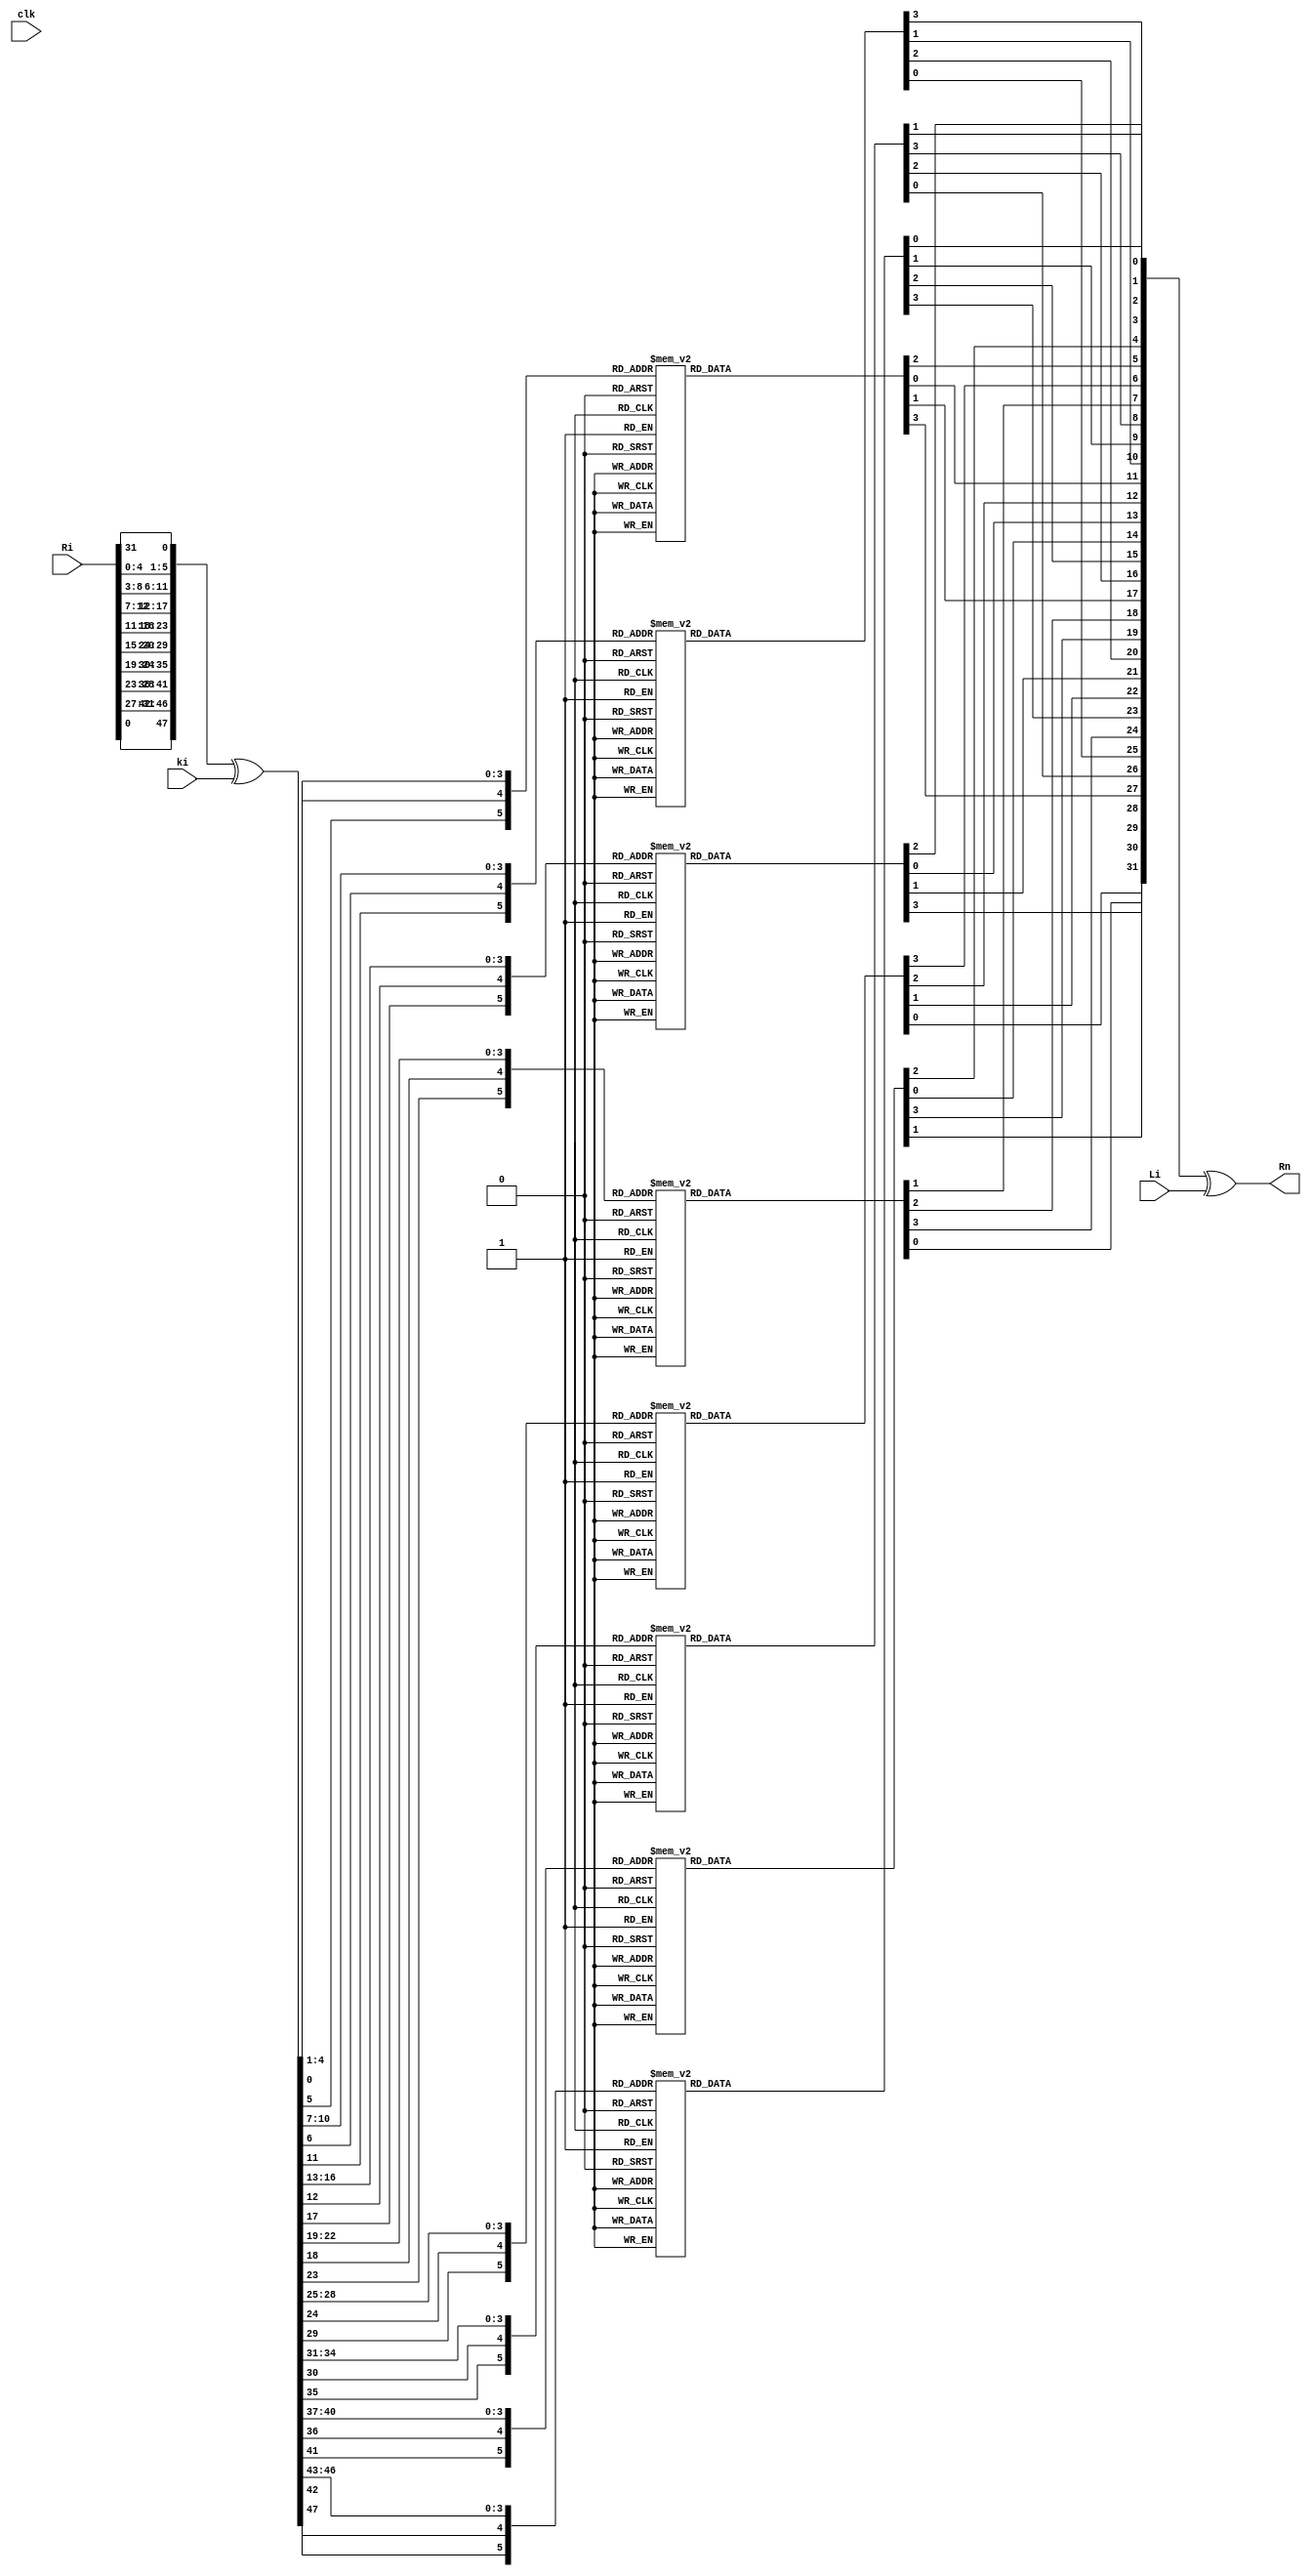

module NextRi(clk, ki, Ri, Li, Rn);

	  input clk;
	  input [32:1] Ri, Li;
     input [48:1] ki;
    output [32:1] Rn;
	 
	   wire [6:1] B1, B2, B3, B4, B5, B6, B7, B8;
		wire [32:1] tmp1, tmp2, Rn;
      wire [48:1] Ei; 
		
       reg [2:1] m1, m2, m3, m4, m5, m6, m7, m8;
       reg [4:1] n1, n2, n3, n4, n5, n6, n7, n8, bs1, bs2, bs3, bs4, bs5, bs6, bs7, bs8;
		 reg [4:1] S1_OUTPUT,S2_OUTPUT,S3_OUTPUT,S4_OUTPUT,S5_OUTPUT,S6_OUTPUT,S7_OUTPUT,S8_OUTPUT;

    assign Ei[48:1] = {
            Ri[33 - 32], Ri[33 -  1], Ri[33 -  2], Ri[33 -  3], Ri[33 -  4], Ri[33 -  5], 
				Ri[33 -  4], Ri[33 -  5], Ri[33 -  6], Ri[33 -  7], Ri[33 -  8], Ri[33 -  9], 
				Ri[33 -  8], Ri[33 -  9], Ri[33 - 10], Ri[33 - 11], Ri[33 - 12], Ri[33 - 13], 
				Ri[33 - 12], Ri[33 - 13], Ri[33 - 14], Ri[33 - 15], Ri[33 - 16], Ri[33 - 17],
            Ri[33 - 16], Ri[33 - 17], Ri[33 - 18], Ri[33 - 19], Ri[33 - 20], Ri[33 - 21], 
				Ri[33 - 20], Ri[33 - 21], Ri[33 - 22], Ri[33 - 23], Ri[33 - 24], Ri[33 - 25], 
				Ri[33 - 24], Ri[33 - 25], Ri[33 - 26], Ri[33 - 27], Ri[33 - 28], Ri[33 - 29], 
				Ri[33 - 28], Ri[33 - 29], Ri[33 - 30], Ri[33 - 31], Ri[33 - 32], Ri[33 -  1]};

    assign {B1, B2, B3, B4, B5, B6, B7, B8} = Ei ^ ki;

always @(*) begin
            m1[2:1] = {B1[6], B1[1]};
            n1[4:1] = B1[5:2];
            bs1[4:1] = S1_OUTPUT;
				case ({m1,n1})
            6'd0: S1_OUTPUT <= 4'hE;6'd1: S1_OUTPUT <= 4'h4;
            6'd2: S1_OUTPUT <= 4'hD;6'd3: S1_OUTPUT <= 4'h1;
            6'd4: S1_OUTPUT <= 4'h2;6'd5: S1_OUTPUT <= 4'hF;
            6'd6: S1_OUTPUT <= 4'hB;6'd7: S1_OUTPUT <= 4'h8;
            6'd8: S1_OUTPUT <= 4'h3;6'd9: S1_OUTPUT <= 4'hA;
            6'd10: S1_OUTPUT <= 4'h6;6'd11: S1_OUTPUT <= 4'hC;
            6'd12: S1_OUTPUT <= 4'h5;6'd13: S1_OUTPUT <= 4'h9;
            6'd14: S1_OUTPUT <= 4'h0;6'd15: S1_OUTPUT <= 4'h7;
            6'd16: S1_OUTPUT <= 4'h0;6'd17: S1_OUTPUT <= 4'hF;
				6'd18: S1_OUTPUT <= 4'h7;6'd19: S1_OUTPUT <= 4'h4;
				6'd20: S1_OUTPUT <= 4'hE;6'd21: S1_OUTPUT <= 4'h2;
				6'd22: S1_OUTPUT <= 4'hD;6'd23: S1_OUTPUT <= 4'h1;
				6'd24: S1_OUTPUT <= 4'hA;6'd25: S1_OUTPUT <= 4'h6;
				6'd26: S1_OUTPUT <= 4'hC;6'd27: S1_OUTPUT <= 4'hB;
				6'd28: S1_OUTPUT <= 4'h9;6'd29: S1_OUTPUT <= 4'h5;
				6'd30: S1_OUTPUT <= 4'h3;6'd31: S1_OUTPUT <= 4'h8;
				6'd32: S1_OUTPUT <= 4'h4;6'd33: S1_OUTPUT <= 4'h1;
				6'd34: S1_OUTPUT <= 4'hE;6'd35: S1_OUTPUT <= 4'h8;
				6'd36: S1_OUTPUT <= 4'hD;6'd37: S1_OUTPUT <= 4'h6;
				6'd38: S1_OUTPUT <= 4'h2;6'd39: S1_OUTPUT <= 4'hB;
				6'd40: S1_OUTPUT <= 4'hF;6'd41: S1_OUTPUT <= 4'hC;
				6'd42: S1_OUTPUT <= 4'h9;6'd43: S1_OUTPUT <= 4'h7;
				6'd44: S1_OUTPUT <= 4'h3;6'd45: S1_OUTPUT <= 4'hA;
				6'd46: S1_OUTPUT <= 4'h5;6'd47: S1_OUTPUT <= 4'h0;
				6'd48: S1_OUTPUT <= 4'hF;6'd49: S1_OUTPUT <= 4'hC;
				6'd50: S1_OUTPUT <= 4'h8;6'd51: S1_OUTPUT <= 4'h2;
				6'd52: S1_OUTPUT <= 4'h4;6'd53: S1_OUTPUT <= 4'h9;
				6'd54: S1_OUTPUT <= 4'h1;6'd55: S1_OUTPUT <= 4'h7;
				6'd56: S1_OUTPUT <= 4'h5;6'd57: S1_OUTPUT <= 4'hB;
				6'd58: S1_OUTPUT <= 4'h3;6'd59: S1_OUTPUT <= 4'hE;
				6'd60: S1_OUTPUT <= 4'hA;6'd61: S1_OUTPUT <= 4'h0;
				6'd62: S1_OUTPUT <= 4'h6;6'd63: S1_OUTPUT <= 4'hD;
				default: S1_OUTPUT <= 4'h0;
				endcase
				end
    always @(*) begin
            m2[2:1] = {B2[6], B2[1]};
            n2[4:1] = B2[5:2];
            bs2[4:1] = S2_OUTPUT;
				case({m2,n2})
				6'd0: S2_OUTPUT <= 4'hF;6'd1: S2_OUTPUT <= 4'h1;
				6'd2: S2_OUTPUT <= 4'h8;6'd3: S2_OUTPUT <= 4'hE;
				6'd4: S2_OUTPUT <= 4'h6;6'd5: S2_OUTPUT <= 4'hB;
				6'd6: S2_OUTPUT <= 4'h3;6'd7: S2_OUTPUT <= 4'h4;
				6'd8: S2_OUTPUT <= 4'h9;6'd9: S2_OUTPUT <= 4'h7;
				6'd10: S2_OUTPUT <= 4'h2;6'd11: S2_OUTPUT <= 4'hD;
				6'd12: S2_OUTPUT <= 4'hC;6'd13: S2_OUTPUT <= 4'h0;
				6'd14: S2_OUTPUT <= 4'h5;6'd15: S2_OUTPUT <= 4'hA;
				6'd16: S2_OUTPUT <= 4'h3;6'd17: S2_OUTPUT <= 4'hD;
				6'd18: S2_OUTPUT <= 4'h4;6'd19: S2_OUTPUT <= 4'h7;
				6'd20: S2_OUTPUT <= 4'hF;6'd21: S2_OUTPUT <= 4'h2;
				6'd22: S2_OUTPUT <= 4'h8;6'd23: S2_OUTPUT <= 4'hE;
				6'd24: S2_OUTPUT <= 4'hC;6'd25: S2_OUTPUT <= 4'h0;
				6'd26: S2_OUTPUT <= 4'h1;6'd27: S2_OUTPUT <= 4'hA;
				6'd28: S2_OUTPUT <= 4'h6;6'd29: S2_OUTPUT <= 4'h9;
				6'd30: S2_OUTPUT <= 4'hB;6'd31: S2_OUTPUT <= 4'h5;
				6'd32: S2_OUTPUT <= 4'h0;6'd33: S2_OUTPUT <= 4'hE;
				6'd34: S2_OUTPUT <= 4'h7;6'd35: S2_OUTPUT <= 4'hB;
				6'd36: S2_OUTPUT <= 4'hA;6'd37: S2_OUTPUT <= 4'h4;
				6'd38: S2_OUTPUT <= 4'hD;6'd39: S2_OUTPUT <= 4'h1;
				6'd40: S2_OUTPUT <= 4'h5;6'd41: S2_OUTPUT <= 4'h8;
				6'd42: S2_OUTPUT <= 4'hC;6'd43: S2_OUTPUT <= 4'h6;
				6'd44: S2_OUTPUT <= 4'h9;6'd45: S2_OUTPUT <= 4'h3;
				6'd46: S2_OUTPUT <= 4'h2;6'd47: S2_OUTPUT <= 4'hF;
				6'd48: S2_OUTPUT <= 4'hD;6'd49: S2_OUTPUT <= 4'h8;
				6'd50: S2_OUTPUT <= 4'hA;6'd51: S2_OUTPUT <= 4'h1;
				6'd52: S2_OUTPUT <= 4'h3;6'd53: S2_OUTPUT <= 4'hF;
				6'd54: S2_OUTPUT <= 4'h4;6'd55: S2_OUTPUT <= 4'h2;
				6'd56: S2_OUTPUT <= 4'hB;6'd57: S2_OUTPUT <= 4'h6;
				6'd58: S2_OUTPUT <= 4'h7;6'd59: S2_OUTPUT <= 4'hC;
				6'd60: S2_OUTPUT <= 4'h0;6'd61: S2_OUTPUT <= 4'h5;
				6'd62: S2_OUTPUT <= 4'hE;6'd63: S2_OUTPUT <= 4'h9;
				default: S2_OUTPUT <= 4'h0;
				endcase
        end
    always @(*) begin
            m3[2:1] = {B3[6], B3[1]};
            n3[4:1] = B3[5:2];
            bs3[4:1] = S3_OUTPUT;
				case({m3,n3})
				6'd0: S3_OUTPUT <= 4'hA;6'd1: S3_OUTPUT <= 4'h0;
				6'd2: S3_OUTPUT <= 4'h9;6'd3: S3_OUTPUT <= 4'hE;
				6'd4: S3_OUTPUT <= 4'h6;6'd5: S3_OUTPUT <= 4'h3;
				6'd6: S3_OUTPUT <= 4'hF;6'd7: S3_OUTPUT <= 4'h5;
				6'd8: S3_OUTPUT <= 4'h1;6'd9: S3_OUTPUT <= 4'hD;
				6'd10: S3_OUTPUT <= 4'hC;6'd11: S3_OUTPUT <= 4'h7;
				6'd12: S3_OUTPUT <= 4'hB;6'd13: S3_OUTPUT <= 4'h4;
				6'd14: S3_OUTPUT <= 4'h2;6'd15: S3_OUTPUT <= 4'h8;
				6'd16: S3_OUTPUT <= 4'hD;6'd17: S3_OUTPUT <= 4'h7;
				6'd18: S3_OUTPUT <= 4'h0;6'd19: S3_OUTPUT <= 4'h9;
				6'd20: S3_OUTPUT <= 4'h3;6'd21: S3_OUTPUT <= 4'h4;
				6'd22: S3_OUTPUT <= 4'h6;6'd23: S3_OUTPUT <= 4'hA;
				6'd24: S3_OUTPUT <= 4'h2;6'd25: S3_OUTPUT <= 4'h8;
				6'd26: S3_OUTPUT <= 4'h5;6'd27: S3_OUTPUT <= 4'hE;
				6'd28: S3_OUTPUT <= 4'hC;6'd29: S3_OUTPUT <= 4'hB;
				6'd30: S3_OUTPUT <= 4'hF;6'd31: S3_OUTPUT <= 4'h1;
				6'd32: S3_OUTPUT <= 4'hD;6'd33: S3_OUTPUT <= 4'h6;
				6'd34: S3_OUTPUT <= 4'h4;6'd35: S3_OUTPUT <= 4'h9;
				6'd36: S3_OUTPUT <= 4'h8;6'd37: S3_OUTPUT <= 4'hF;
				6'd38: S3_OUTPUT <= 4'h3;6'd39: S3_OUTPUT <= 4'h0;
				6'd40: S3_OUTPUT <= 4'hB;6'd41: S3_OUTPUT <= 4'h1;
				6'd42: S3_OUTPUT <= 4'h2;6'd43: S3_OUTPUT <= 4'hC;
				6'd44: S3_OUTPUT <= 4'h5;6'd45: S3_OUTPUT <= 4'hA;
				6'd46: S3_OUTPUT <= 4'hE;6'd47: S3_OUTPUT <= 4'h7;
				6'd48: S3_OUTPUT <= 4'h1;6'd49: S3_OUTPUT <= 4'hA;
				6'd50: S3_OUTPUT <= 4'hD;6'd51: S3_OUTPUT <= 4'h0;
				6'd52: S3_OUTPUT <= 4'h6;6'd53: S3_OUTPUT <= 4'h9;
				6'd54: S3_OUTPUT <= 4'h8;6'd55: S3_OUTPUT <= 4'h7;
				6'd56: S3_OUTPUT <= 4'h4;6'd57: S3_OUTPUT <= 4'hF;
				6'd58: S3_OUTPUT <= 4'hE;6'd59: S3_OUTPUT <= 4'h3;
				6'd60: S3_OUTPUT <= 4'hB;6'd61: S3_OUTPUT <= 4'h5;
				6'd62: S3_OUTPUT <= 4'h2;6'd63: S3_OUTPUT <= 4'hC;
				default: S3_OUTPUT <= 4'h0;
				endcase
        end
    always @(*) begin
            m4[2:1] = {B4[6], B4[1]};
            n4[4:1] = B4[5:2];
            bs4[4:1] = S4_OUTPUT;
				case({m4,n4})
				6'd0: S4_OUTPUT <= 4'h7;6'd1: S4_OUTPUT <= 4'hD;
				6'd2: S4_OUTPUT <= 4'hE;6'd3: S4_OUTPUT <= 4'h3;
				6'd4: S4_OUTPUT <= 4'h0;6'd5: S4_OUTPUT <= 4'h6;
				6'd6: S4_OUTPUT <= 4'h9;6'd7: S4_OUTPUT <= 4'hA;
				6'd8: S4_OUTPUT <= 4'h1;6'd9: S4_OUTPUT <= 4'h2;
				6'd10: S4_OUTPUT <= 4'h8;6'd11: S4_OUTPUT <= 4'h5;
				6'd12: S4_OUTPUT <= 4'hB;6'd13: S4_OUTPUT <= 4'hC;
				6'd14: S4_OUTPUT <= 4'h4;6'd15: S4_OUTPUT <= 4'hF;
				6'd16: S4_OUTPUT <= 4'hD;6'd17: S4_OUTPUT <= 4'h8;
				6'd18: S4_OUTPUT <= 4'hB;6'd19: S4_OUTPUT <= 4'h5;
				6'd20: S4_OUTPUT <= 4'h6;6'd21: S4_OUTPUT <= 4'hF;
				6'd22: S4_OUTPUT <= 4'h0;6'd23: S4_OUTPUT <= 4'h3;
				6'd24: S4_OUTPUT <= 4'h4;6'd25: S4_OUTPUT <= 4'h7;
				6'd26: S4_OUTPUT <= 4'h2;6'd27: S4_OUTPUT <= 4'hC;
				6'd28: S4_OUTPUT <= 4'h1;6'd29: S4_OUTPUT <= 4'hA;
				6'd30: S4_OUTPUT <= 4'hE;6'd31: S4_OUTPUT <= 4'h9;
				6'd32: S4_OUTPUT <= 4'hA;6'd33: S4_OUTPUT <= 4'h6;
				6'd34: S4_OUTPUT <= 4'h9;6'd35: S4_OUTPUT <= 4'h0;
				6'd36: S4_OUTPUT <= 4'hC;6'd37: S4_OUTPUT <= 4'hB;
				6'd38: S4_OUTPUT <= 4'h7;6'd39: S4_OUTPUT <= 4'hD;
				6'd40: S4_OUTPUT <= 4'hF;6'd41: S4_OUTPUT <= 4'h1;
				6'd42: S4_OUTPUT <= 4'h3;6'd43: S4_OUTPUT <= 4'hE;
				6'd44: S4_OUTPUT <= 4'h5;6'd45: S4_OUTPUT <= 4'h2;
				6'd46: S4_OUTPUT <= 4'h8;6'd47: S4_OUTPUT <= 4'h4;
				6'd48: S4_OUTPUT <= 4'h3;6'd49: S4_OUTPUT <= 4'hF;
				6'd50: S4_OUTPUT <= 4'h0;6'd51: S4_OUTPUT <= 4'h6;
				6'd52: S4_OUTPUT <= 4'hA;6'd53: S4_OUTPUT <= 4'h1;
				6'd54: S4_OUTPUT <= 4'hD;6'd55: S4_OUTPUT <= 4'h8;
				6'd56: S4_OUTPUT <= 4'h9;6'd57: S4_OUTPUT <= 4'h4;
				6'd58: S4_OUTPUT <= 4'h5;6'd59: S4_OUTPUT <= 4'hB;
				6'd60: S4_OUTPUT <= 4'hC;6'd61: S4_OUTPUT <= 4'h7;
				6'd62: S4_OUTPUT <= 4'h2;6'd63: S4_OUTPUT <= 4'hE;
				default: S4_OUTPUT <= 4'h0;
				endcase
        end
    always @(*) begin
            m5[2:1] = {B5[6], B5[1]};
            n5[4:1] = B5[5:2];
            bs5[4:1] = S5_OUTPUT;
				case({m5,n5})
				6'd0: S5_OUTPUT <= 4'h2;6'd1: S5_OUTPUT <= 4'hC;
				6'd2: S5_OUTPUT <= 4'h4;6'd3: S5_OUTPUT <= 4'h1;
				6'd4: S5_OUTPUT <= 4'h7;6'd5: S5_OUTPUT <= 4'hA;
				6'd6: S5_OUTPUT <= 4'hB;6'd7: S5_OUTPUT <= 4'h6;
				6'd8: S5_OUTPUT <= 4'h8;6'd9: S5_OUTPUT <= 4'h5;
				6'd10: S5_OUTPUT <= 4'h3;6'd11: S5_OUTPUT <= 4'hF;
				6'd12: S5_OUTPUT <= 4'hD;6'd13: S5_OUTPUT <= 4'h0;
				6'd14: S5_OUTPUT <= 4'hE;6'd15: S5_OUTPUT <= 4'h9;
				6'd16: S5_OUTPUT <= 4'hE;6'd17: S5_OUTPUT <= 4'hB;
				6'd18: S5_OUTPUT <= 4'h2;6'd19: S5_OUTPUT <= 4'hC;
				6'd20: S5_OUTPUT <= 4'h4;6'd21: S5_OUTPUT <= 4'h7;
				6'd22: S5_OUTPUT <= 4'hD;6'd23: S5_OUTPUT <= 4'h1;
				6'd24: S5_OUTPUT <= 4'h5;6'd25: S5_OUTPUT <= 4'h0;
				6'd26: S5_OUTPUT <= 4'hF;6'd27: S5_OUTPUT <= 4'hA;
				6'd28: S5_OUTPUT <= 4'h3;6'd29: S5_OUTPUT <= 4'h9;
				6'd30: S5_OUTPUT <= 4'h8;6'd31: S5_OUTPUT <= 4'h6;
				6'd32: S5_OUTPUT <= 4'h4;6'd33: S5_OUTPUT <= 4'h2;
				6'd34: S5_OUTPUT <= 4'h1;6'd35: S5_OUTPUT <= 4'hB;
				6'd36: S5_OUTPUT <= 4'hA;6'd37: S5_OUTPUT <= 4'hD;
				6'd38: S5_OUTPUT <= 4'h7;6'd39: S5_OUTPUT <= 4'h8;
				6'd40: S5_OUTPUT <= 4'hF;6'd41: S5_OUTPUT <= 4'h9;
				6'd42: S5_OUTPUT <= 4'hC;6'd43: S5_OUTPUT <= 4'h5;
				6'd44: S5_OUTPUT <= 4'h6;6'd45: S5_OUTPUT <= 4'h3;
				6'd46: S5_OUTPUT <= 4'h0;6'd47: S5_OUTPUT <= 4'hE;
				6'd48: S5_OUTPUT <= 4'hB;6'd49: S5_OUTPUT <= 4'h8;
				6'd50: S5_OUTPUT <= 4'hC;6'd51: S5_OUTPUT <= 4'h7;
				6'd52: S5_OUTPUT <= 4'h1;6'd53: S5_OUTPUT <= 4'hE;
				6'd54: S5_OUTPUT <= 4'h2;6'd55: S5_OUTPUT <= 4'hD;
				6'd56: S5_OUTPUT <= 4'h6;6'd57: S5_OUTPUT <= 4'hF;
				6'd58: S5_OUTPUT <= 4'h0;6'd59: S5_OUTPUT <= 4'h9;
				6'd60: S5_OUTPUT <= 4'hA;6'd61: S5_OUTPUT <= 4'h4;
				6'd62: S5_OUTPUT <= 4'h5;6'd63: S5_OUTPUT <= 4'h3;
				default: S5_OUTPUT <= 4'h0;
				endcase
        end
    always @(*) begin
            m6[2:1] = {B6[6], B6[1]};
            n6[4:1] = B6[5:2];
            bs6[4:1] = S6_OUTPUT;
				case({m6,n6})
				6'd0: S6_OUTPUT <= 4'hC;6'd1: S6_OUTPUT <= 4'h1;
				6'd2: S6_OUTPUT <= 4'hA;6'd3: S6_OUTPUT <= 4'hF;
				6'd4: S6_OUTPUT <= 4'h9;6'd5: S6_OUTPUT <= 4'h2;
				6'd6: S6_OUTPUT <= 4'h6;6'd7: S6_OUTPUT <= 4'h8;
				6'd8: S6_OUTPUT <= 4'h0;6'd9: S6_OUTPUT <= 4'hD;
				6'd10: S6_OUTPUT <= 4'h3;6'd11: S6_OUTPUT <= 4'h4;
				6'd12: S6_OUTPUT <= 4'hE;6'd13: S6_OUTPUT <= 4'h7;
				6'd14: S6_OUTPUT <= 4'h5;6'd15: S6_OUTPUT <= 4'hB;
				6'd16: S6_OUTPUT <= 4'hA;6'd17: S6_OUTPUT <= 4'hF;
				6'd18: S6_OUTPUT <= 4'h4;6'd19: S6_OUTPUT <= 4'h2;
				6'd20: S6_OUTPUT <= 4'h7;6'd21: S6_OUTPUT <= 4'hC;
				6'd22: S6_OUTPUT <= 4'h9;6'd23: S6_OUTPUT <= 4'h5;
				6'd24: S6_OUTPUT <= 4'h6;6'd25: S6_OUTPUT <= 4'h1;
				6'd26: S6_OUTPUT <= 4'hD;6'd27: S6_OUTPUT <= 4'hE;
				6'd28: S6_OUTPUT <= 4'h0;6'd29: S6_OUTPUT <= 4'hB;
				6'd30: S6_OUTPUT <= 4'h3;6'd31: S6_OUTPUT <= 4'h8;
				6'd32: S6_OUTPUT <= 4'h9;6'd33: S6_OUTPUT <= 4'hE;
				6'd34: S6_OUTPUT <= 4'hF;6'd35: S6_OUTPUT <= 4'h5;
				6'd36: S6_OUTPUT <= 4'h2;6'd37: S6_OUTPUT <= 4'h8;
				6'd38: S6_OUTPUT <= 4'hC;6'd39: S6_OUTPUT <= 4'h3;
				6'd40: S6_OUTPUT <= 4'h7;6'd41: S6_OUTPUT <= 4'h0;
				6'd42: S6_OUTPUT <= 4'h4;6'd43: S6_OUTPUT <= 4'hA;
				6'd44: S6_OUTPUT <= 4'h1;6'd45: S6_OUTPUT <= 4'hD;
				6'd46: S6_OUTPUT <= 4'hB;6'd47: S6_OUTPUT <= 4'h6;
				6'd48: S6_OUTPUT <= 4'h4;6'd49: S6_OUTPUT <= 4'h3;
				6'd50: S6_OUTPUT <= 4'h2;6'd51: S6_OUTPUT <= 4'hC;
				6'd52: S6_OUTPUT <= 4'h9;6'd53: S6_OUTPUT <= 4'h5;
				6'd54: S6_OUTPUT <= 4'hF;6'd55: S6_OUTPUT <= 4'hA;
				6'd56: S6_OUTPUT <= 4'hB;6'd57: S6_OUTPUT <= 4'hE;
				6'd58: S6_OUTPUT <= 4'h1;6'd59: S6_OUTPUT <= 4'h7;
				6'd60: S6_OUTPUT <= 4'h6;6'd61: S6_OUTPUT <= 4'h0;
				6'd62: S6_OUTPUT <= 4'h8;6'd63: S6_OUTPUT <= 4'hD;
				default: S6_OUTPUT <= 4'h0;
				endcase
        end
    always @(*) begin
            m7[2:1] = {B7[6], B7[1]};
            n7[4:1] = B7[5:2];
            bs7[4:1] = S7_OUTPUT;
				case({m7,n7})
				6'd0: S7_OUTPUT <= 4'h4;6'd1: S7_OUTPUT <= 4'hB;
				6'd2: S7_OUTPUT <= 4'h2;6'd3: S7_OUTPUT <= 4'hE;
				6'd4: S7_OUTPUT <= 4'hF;6'd5: S7_OUTPUT <= 4'h0;
				6'd6: S7_OUTPUT <= 4'h8;6'd7: S7_OUTPUT <= 4'hD;
				6'd8: S7_OUTPUT <= 4'h3;6'd9: S7_OUTPUT <= 4'hC;
				6'd10: S7_OUTPUT <= 4'h9;6'd11: S7_OUTPUT <= 4'h7;
				6'd12: S7_OUTPUT <= 4'h5;6'd13: S7_OUTPUT <= 4'hA;
				6'd14: S7_OUTPUT <= 4'h6;6'd15: S7_OUTPUT <= 4'h1;
				6'd16: S7_OUTPUT <= 4'hD;6'd17: S7_OUTPUT <= 4'h0;
				6'd18: S7_OUTPUT <= 4'hB;6'd19: S7_OUTPUT <= 4'h7;
				6'd20: S7_OUTPUT <= 4'h4;6'd21: S7_OUTPUT <= 4'h9;
				6'd22: S7_OUTPUT <= 4'h1;6'd23: S7_OUTPUT <= 4'hA;
				6'd24: S7_OUTPUT <= 4'hE;6'd25: S7_OUTPUT <= 4'h3;
				6'd26: S7_OUTPUT <= 4'h5;6'd27: S7_OUTPUT <= 4'hC;
				6'd28: S7_OUTPUT <= 4'h2;6'd29: S7_OUTPUT <= 4'hF;
				6'd30: S7_OUTPUT <= 4'h8;6'd31: S7_OUTPUT <= 4'h6;
				6'd32: S7_OUTPUT <= 4'h1;6'd33: S7_OUTPUT <= 4'h4;
				6'd34: S7_OUTPUT <= 4'hB;6'd35: S7_OUTPUT <= 4'hD;
				6'd36: S7_OUTPUT <= 4'hC;6'd37: S7_OUTPUT <= 4'h3;
				6'd38: S7_OUTPUT <= 4'h7;6'd39: S7_OUTPUT <= 4'hE;
				6'd40: S7_OUTPUT <= 4'hA;6'd41: S7_OUTPUT <= 4'hF;
				6'd42: S7_OUTPUT <= 4'h6;6'd43: S7_OUTPUT <= 4'h8;
				6'd44: S7_OUTPUT <= 4'h0;6'd45: S7_OUTPUT <= 4'h5;
				6'd46: S7_OUTPUT <= 4'h9;6'd47: S7_OUTPUT <= 4'h2;
				6'd48: S7_OUTPUT <= 4'h6;6'd49: S7_OUTPUT <= 4'hB;
				6'd50: S7_OUTPUT <= 4'hD;6'd51: S7_OUTPUT <= 4'h8;
				6'd52: S7_OUTPUT <= 4'h1;6'd53: S7_OUTPUT <= 4'h4;
				6'd54: S7_OUTPUT <= 4'hA;6'd55: S7_OUTPUT <= 4'h7;
				6'd56: S7_OUTPUT <= 4'h9;6'd57: S7_OUTPUT <= 4'h5;
				6'd58: S7_OUTPUT <= 4'h0;6'd59: S7_OUTPUT <= 4'hF;
				6'd60: S7_OUTPUT <= 4'hE;6'd61: S7_OUTPUT <= 4'h2;
				6'd62: S7_OUTPUT <= 4'h3;6'd63: S7_OUTPUT <= 4'hC;
				default: S7_OUTPUT <= 4'h0;
				endcase
        end
    always @(*)begin
            m8[2:1] = {B8[6], B8[1]};
            n8[4:1] = B8[5:2];
            bs8[4:1] = S8_OUTPUT;
				case({m8,n8})
				6'd0: S8_OUTPUT <= 4'hD;6'd1: S8_OUTPUT <= 4'h2;
				6'd2: S8_OUTPUT <= 4'h8;6'd3: S8_OUTPUT <= 4'h4;
				6'd4: S8_OUTPUT <= 4'h6;6'd5: S8_OUTPUT <= 4'hF;
				6'd6: S8_OUTPUT <= 4'hB;6'd7: S8_OUTPUT <= 4'h1;
				6'd8: S8_OUTPUT <= 4'hA;6'd9: S8_OUTPUT <= 4'h9;
				6'd10: S8_OUTPUT <= 4'h3;6'd11: S8_OUTPUT <= 4'hE;
				6'd12: S8_OUTPUT <= 4'h5;6'd13: S8_OUTPUT <= 4'h0;
				6'd14: S8_OUTPUT <= 4'hC;6'd15: S8_OUTPUT <= 4'h7;
				6'd16: S8_OUTPUT <= 4'h1;6'd17: S8_OUTPUT <= 4'hF;
				6'd18: S8_OUTPUT <= 4'hD;6'd19: S8_OUTPUT <= 4'h8;
				6'd20: S8_OUTPUT <= 4'hA;6'd21: S8_OUTPUT <= 4'h3;
				6'd22: S8_OUTPUT <= 4'h7;6'd23: S8_OUTPUT <= 4'h4;
				6'd24: S8_OUTPUT <= 4'hC;6'd25: S8_OUTPUT <= 4'h5;
				6'd26: S8_OUTPUT <= 4'h6;6'd27: S8_OUTPUT <= 4'hB;
				6'd28: S8_OUTPUT <= 4'h0;6'd29: S8_OUTPUT <= 4'hE;
				6'd30: S8_OUTPUT <= 4'h9;6'd31: S8_OUTPUT <= 4'h2;
				6'd32: S8_OUTPUT <= 4'h7;6'd33: S8_OUTPUT <= 4'hB;
				6'd34: S8_OUTPUT <= 4'h4;6'd35: S8_OUTPUT <= 4'h1;
				6'd36: S8_OUTPUT <= 4'h9;6'd37: S8_OUTPUT <= 4'hC;
				6'd38: S8_OUTPUT <= 4'hE;6'd39: S8_OUTPUT <= 4'h2;
				6'd40: S8_OUTPUT <= 4'h0;6'd41: S8_OUTPUT <= 4'h6;
				6'd42: S8_OUTPUT <= 4'hA;6'd43: S8_OUTPUT <= 4'hD;
				6'd44: S8_OUTPUT <= 4'hF;6'd45: S8_OUTPUT <= 4'h3;
				6'd46: S8_OUTPUT <= 4'h5;6'd47: S8_OUTPUT <= 4'h8;
				6'd48: S8_OUTPUT <= 4'h2;6'd49: S8_OUTPUT <= 4'h1;
				6'd50: S8_OUTPUT <= 4'hE;6'd51: S8_OUTPUT <= 4'h7;
				6'd52: S8_OUTPUT <= 4'h4;6'd53: S8_OUTPUT <= 4'hA;
				6'd54: S8_OUTPUT <= 4'h8;6'd55: S8_OUTPUT <= 4'hD;
				6'd56: S8_OUTPUT <= 4'hF;6'd57: S8_OUTPUT <= 4'hC;
				6'd58: S8_OUTPUT <= 4'h9;6'd59: S8_OUTPUT <= 4'h0;
				6'd60: S8_OUTPUT <= 4'h3;6'd61: S8_OUTPUT <= 4'h5;
				6'd62: S8_OUTPUT <= 4'h6;6'd63: S8_OUTPUT <= 4'hB;
				default: S8_OUTPUT <= 4'h0;
				endcase
        end
            assign tmp1[32:1] = {bs1, bs2, bs3, bs4, bs5, bs6, bs7, bs8};
            assign tmp2[32:1] = {
            tmp1[33 - 16], tmp1[33 -  7], tmp1[33 - 20], tmp1[33 - 21], tmp1[33 - 29], tmp1[33 - 12], tmp1[33 - 28], tmp1[33 - 17],
            tmp1[33 -  1], tmp1[33 - 15], tmp1[33 - 23], tmp1[33 - 26], tmp1[33 -  5], tmp1[33 - 18], tmp1[33 - 31], tmp1[33 - 10],
            tmp1[33 -  2], tmp1[33 -  8], tmp1[33 - 24], tmp1[33 - 14], tmp1[33 - 32], tmp1[33 - 27], tmp1[33 -  3], tmp1[33 -  9],
            tmp1[33 - 19], tmp1[33 - 13], tmp1[33 - 30], tmp1[33 -  6], tmp1[33 - 22], tmp1[33 - 11], tmp1[33 -  4], tmp1[33 - 25]};
            
				assign Rn[32:1] = tmp2 ^ Li;
	 
endmodule